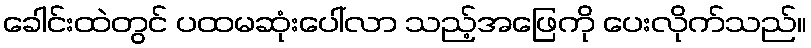
ခေါင်းထဲတွင် ပထမဆုံးပေါ်လာ သည့်အဖြေကို ပေးလိုက်သည်။